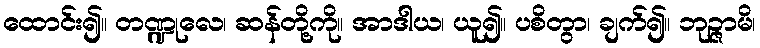
ထောင်း၍။ တဏ္ဍုလေ၊ ဆန်တို့ကို။ အာဒါယ၊ ယူ၍။ ပစိတွာ၊ ချက်၍။ ဘုဉ္ဇာမိ၊